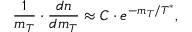
\frac { 1 } { m _ { T } } \cdot \frac { d n } { d m _ { T } } \approx C \cdot e ^ { - m _ { T } / T ^ { * } } ,